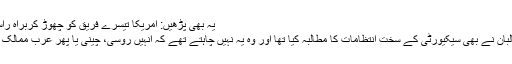
یہ بھی پڑھیں: امریکا تیسرے فریق کو چھوڑ کربراہِ راست مذاکرات کرے، طالبان
رپورٹ میں بتایا گیا کہ طالبان نے بھی سیکیورٹی کے سخت انتظامات کا مطالبہ کیا تھا اور وہ یہ نہیں چاہتے تھے کہ انہیں روسی، چینی یا پھر عرب ممالک کے خفیہ ادارے پہچان لیں۔